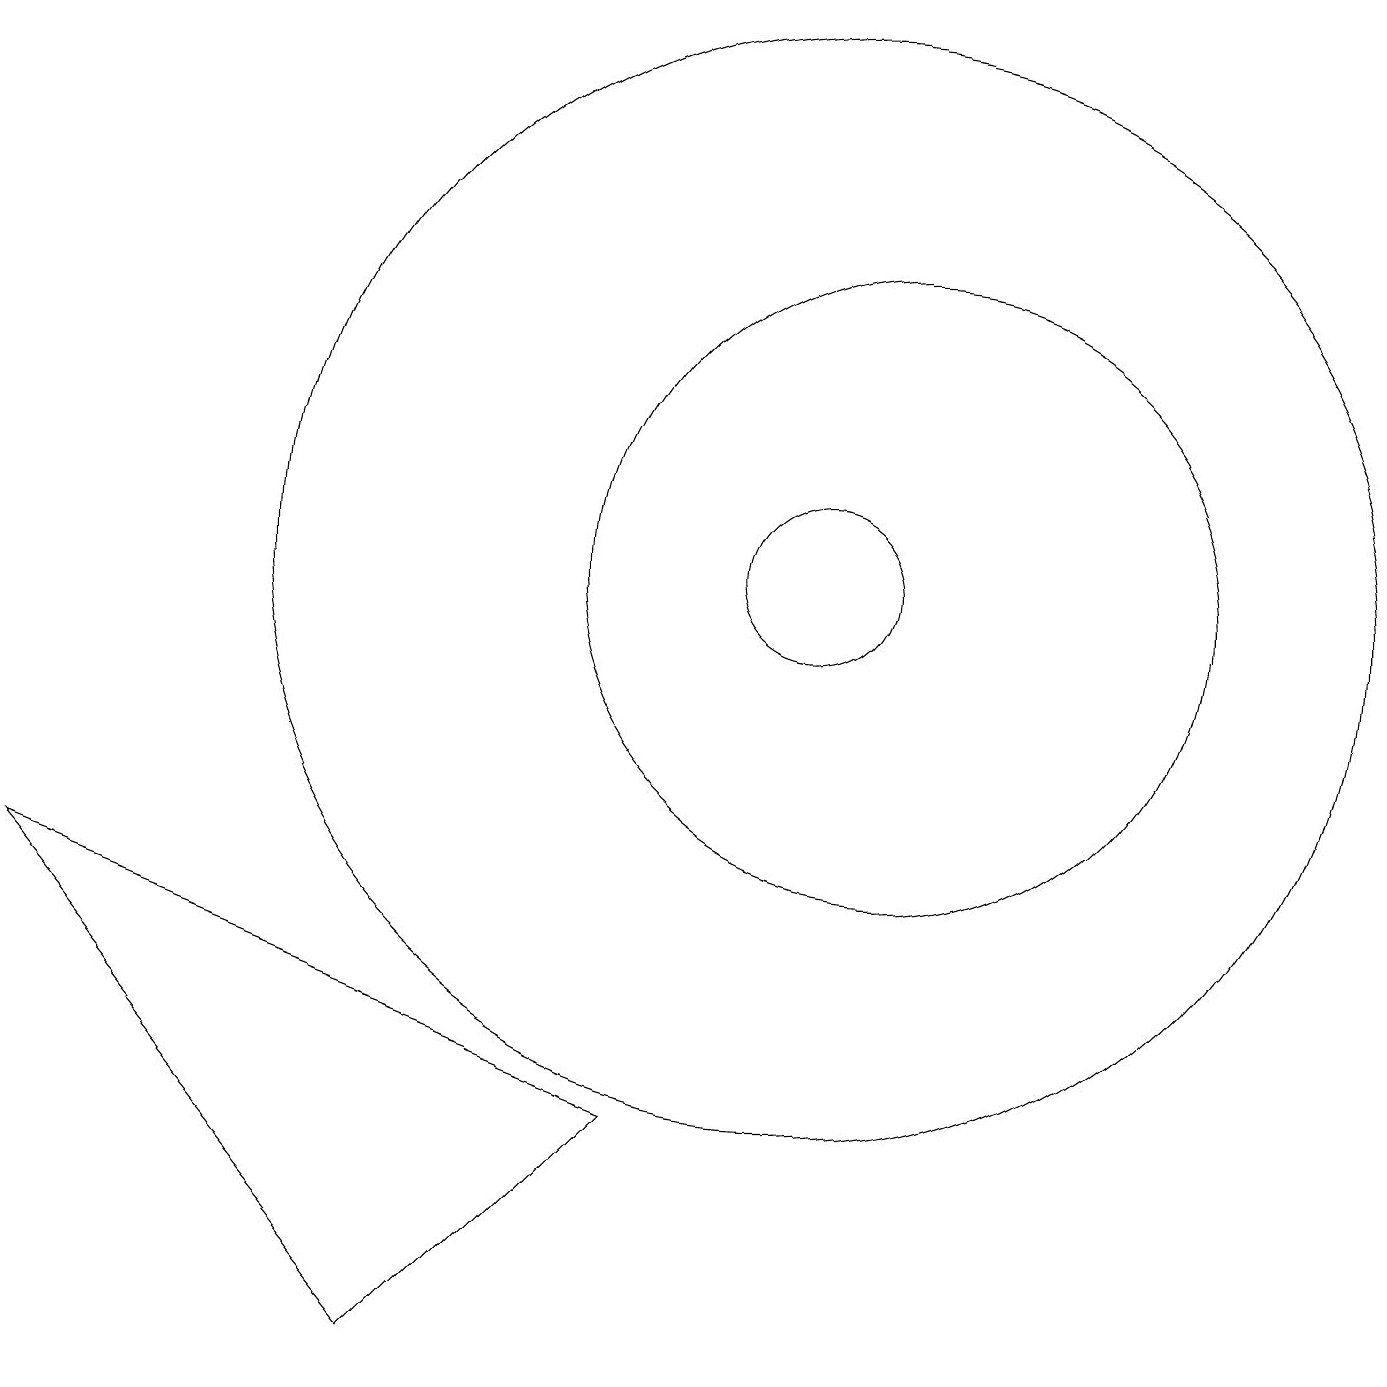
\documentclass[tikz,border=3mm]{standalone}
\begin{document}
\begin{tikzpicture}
\draw (10,11) circle (1);
\draw (11,11) circle (4);
\draw (5,1) -- (0,7) -- (8,4) -- cycle;
\draw (10,11) circle (7);
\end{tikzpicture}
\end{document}